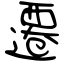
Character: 遷